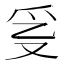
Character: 𤓴